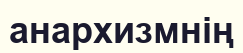
анархизмнің